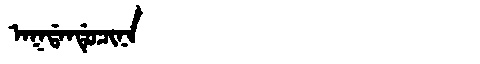
Manchu: ᠠᡴᡩᠠᠨᡩᡠᠴᡳᠨᠠ
Romanization: AKDANDUCINA